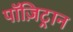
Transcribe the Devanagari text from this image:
पॉज़िट्रान